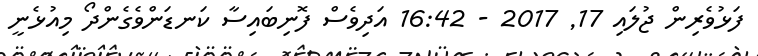
ފަޅުވެރިން ޖުލައި 17